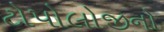
ટોપોલોજીનો